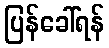
ပြန်ခေါ်ရန်